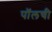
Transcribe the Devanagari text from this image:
पॉलची